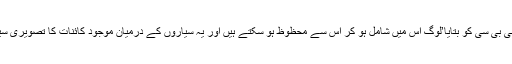
انہوں نے بی بی سی کو بتایا’لوگ اس میں شامل ہو کر اس سے محظوظ ہو سکتے ہیں اور یہ سیاروں کے درمیان موجود کائنات کا تصویری سیشن ہو گا‘۔